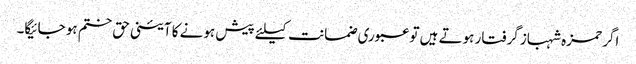
اگر حمزہ شہباز گرفتار ہوتے ہیں تو عبوری ضمانت کیلئے پیش ہونے کا آئینی حق ختم ہو جائیگا۔